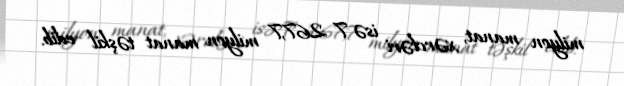
milyon manat, xərcləri isə 7 267,7 milyon manat təşkil edib.